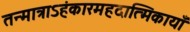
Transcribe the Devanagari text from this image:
तन्मात्राऽहंकारमहदात्मिकायाँ